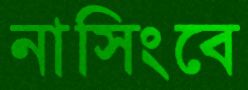
নাসিংবে